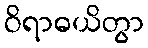
ဝိရာဓယိတွာ